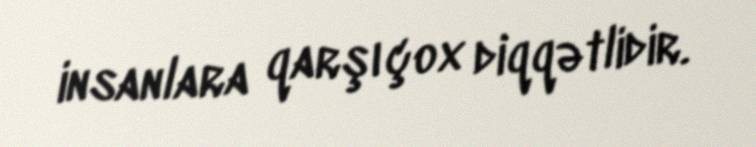
insanlara qarşı çox diqqətlidir.